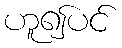
ဟူ၍ပင်